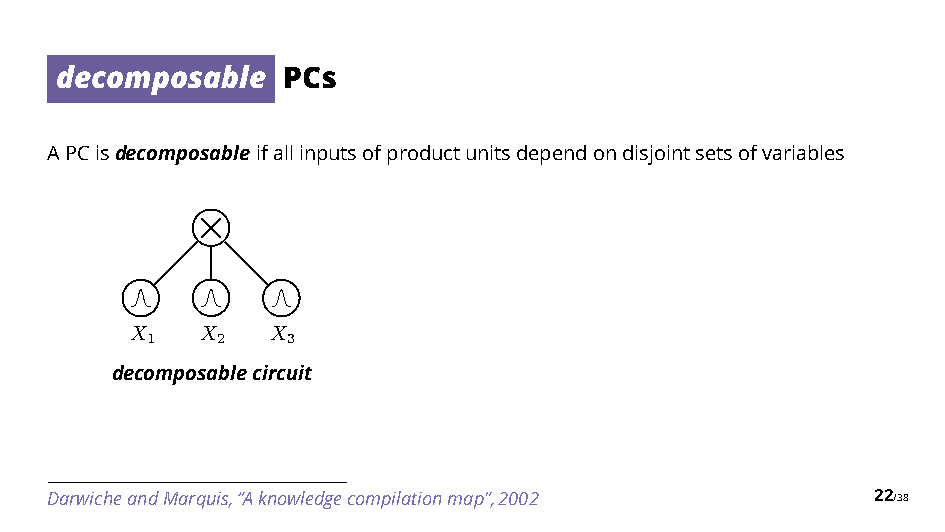
decomposable   PCs
 APCisdecomposableifallinputsofproductunitsdependondisjointsetsofvariables
 ⇥
 X   X    X
 1   2    3
 decomposablecircuit
 DarwicheandMarquis,“Aknowledgecompilationmap”,2002     22/38